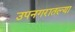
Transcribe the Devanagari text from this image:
उपनगरातल्या